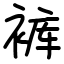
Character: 裤